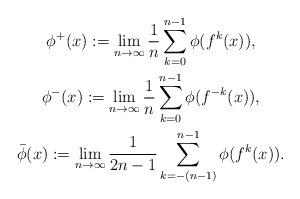
LaTeX: \begin{gather*}\phi^+(x) := \lim _{n \rightarrow \infty}\frac1n \sum^{n-1}_{k=0} \phi(f^k(x)), \\\phi^-(x) := \lim _{n \rightarrow \infty}\frac1n \sum^{n-1}_{k=0} \phi(f^{-k}(x)), \\\bar\phi(x) := \lim _{n \rightarrow \infty}\frac1{2n-1} \sum^{n-1}_{k=-(n-1)} \phi(f^k(x)). \end{gather*}